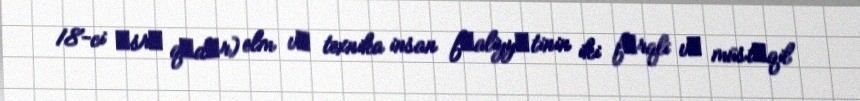
18-ci әsrә qәdәr) elm vә texnika insan fәaliyyәtinin iki fәrqli vә müstәqil